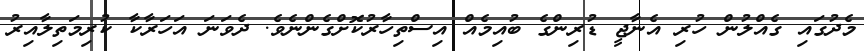
މެދުގައި ގެއްލުން ހުރި އެނާޖީ ޑުރިންގެ ބުއިމެއް އިސްތިހާރުކޮށްގެންނެވެ. ދެވަނަ އަހަރާކާ ކުރިމަތިލާއިރު